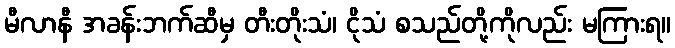
မီလာနီ အခန်းဘက်ဆီမှ တီးတိုးသံ၊ ငိုသံ စသည်တို့ကိုလည်း မကြားရ။